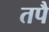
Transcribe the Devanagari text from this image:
तपै